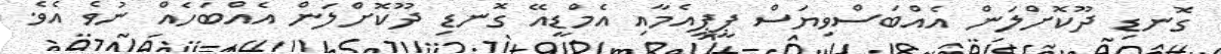
ގޮނޑި ދޫކޮށްލަން އެއްބަސްވިޔަސް ޕީޕީއެމާއި އެމްޑީއޭ ގޮނޑި ދޫކޮށްލަން އެއްބަހެއް ނުވެ އެވެ.